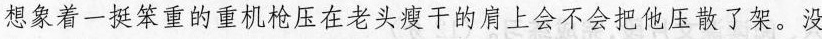
想象着一挺笨重的重机枪压在老头瘦干的肩上会不会把他压散了架。没